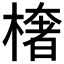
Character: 𭫠